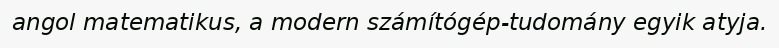
angol matematikus, a modern számítógép-tudomány egyik atyja.